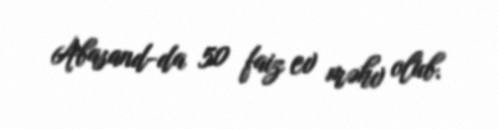
Abasand-da 50 faiz ev məhv olub.